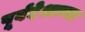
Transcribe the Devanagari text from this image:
पूर्वदेशाच्या